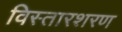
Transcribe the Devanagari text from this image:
विस्तारशरण